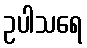
ဥပါသရေ